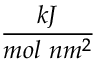
\frac { k J } { m o l ~ n m ^ { 2 } }